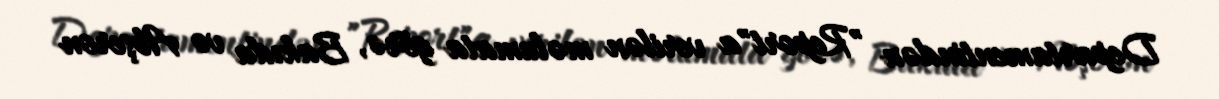
Departamentindən "Report"a verilən məlumata görə, Bakıda və Abşeron